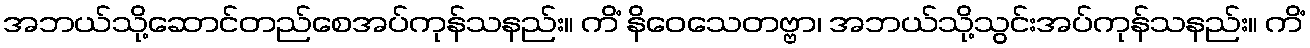
အဘယ်သို့ဆောင်တည်စေအပ်ကုန်သနည်း။ ကိံ နိဝေသေတဗ္ဗာ၊ အဘယ်သို့သွင်းအပ်ကုန်သနည်း။ ကိံ